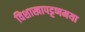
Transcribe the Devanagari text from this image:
विशाखापट्टणमया